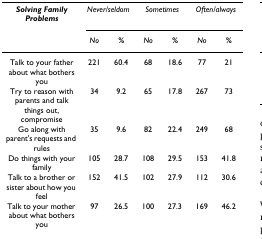
<table><thead><tr><td><b><i>Solving Family Problems</i></b></td><td colspan="2"><b><i>Never/seldom</i></b></td><td colspan="2"><b><i>Sometimes</i></b></td><td colspan="2"><b><i>Often/always</i></b></td></tr><tr><td></td><td><b><i>No</i></b></td><td><b><i>%</i></b></td><td><b><i>No</i></b></td><td><b><i>%</i></b></td><td><b><i>No</i></b></td><td><b><i>%</i></b></td></tr></thead><tbody><tr><td>Talk to your father about what bothers you</td><td>221</td><td>60.4</td><td>68</td><td>18.6</td><td>77</td><td>21</td></tr><tr><td>Try to reason with parents and talk things out, compromise</td><td>34</td><td>9.2</td><td>65</td><td>17.8</td><td>267</td><td>73</td></tr><tr><td>Go along with parent&#x27;s requests and rules</td><td>35</td><td>9.6</td><td>82</td><td>22.4</td><td>249</td><td>68</td></tr><tr><td>Do things with your family</td><td>105</td><td>28.7</td><td>108</td><td>29.5</td><td>153</td><td>41.8</td></tr><tr><td>Talk to a brother or sister about how you feel</td><td>152</td><td>41.5</td><td>102</td><td>27.9</td><td>112</td><td>30.6</td></tr><tr><td>Talk to your mother about what bothers you</td><td>97</td><td>26.5</td><td>100</td><td>27.3</td><td>169</td><td>46.2</td></tr></tbody></table>